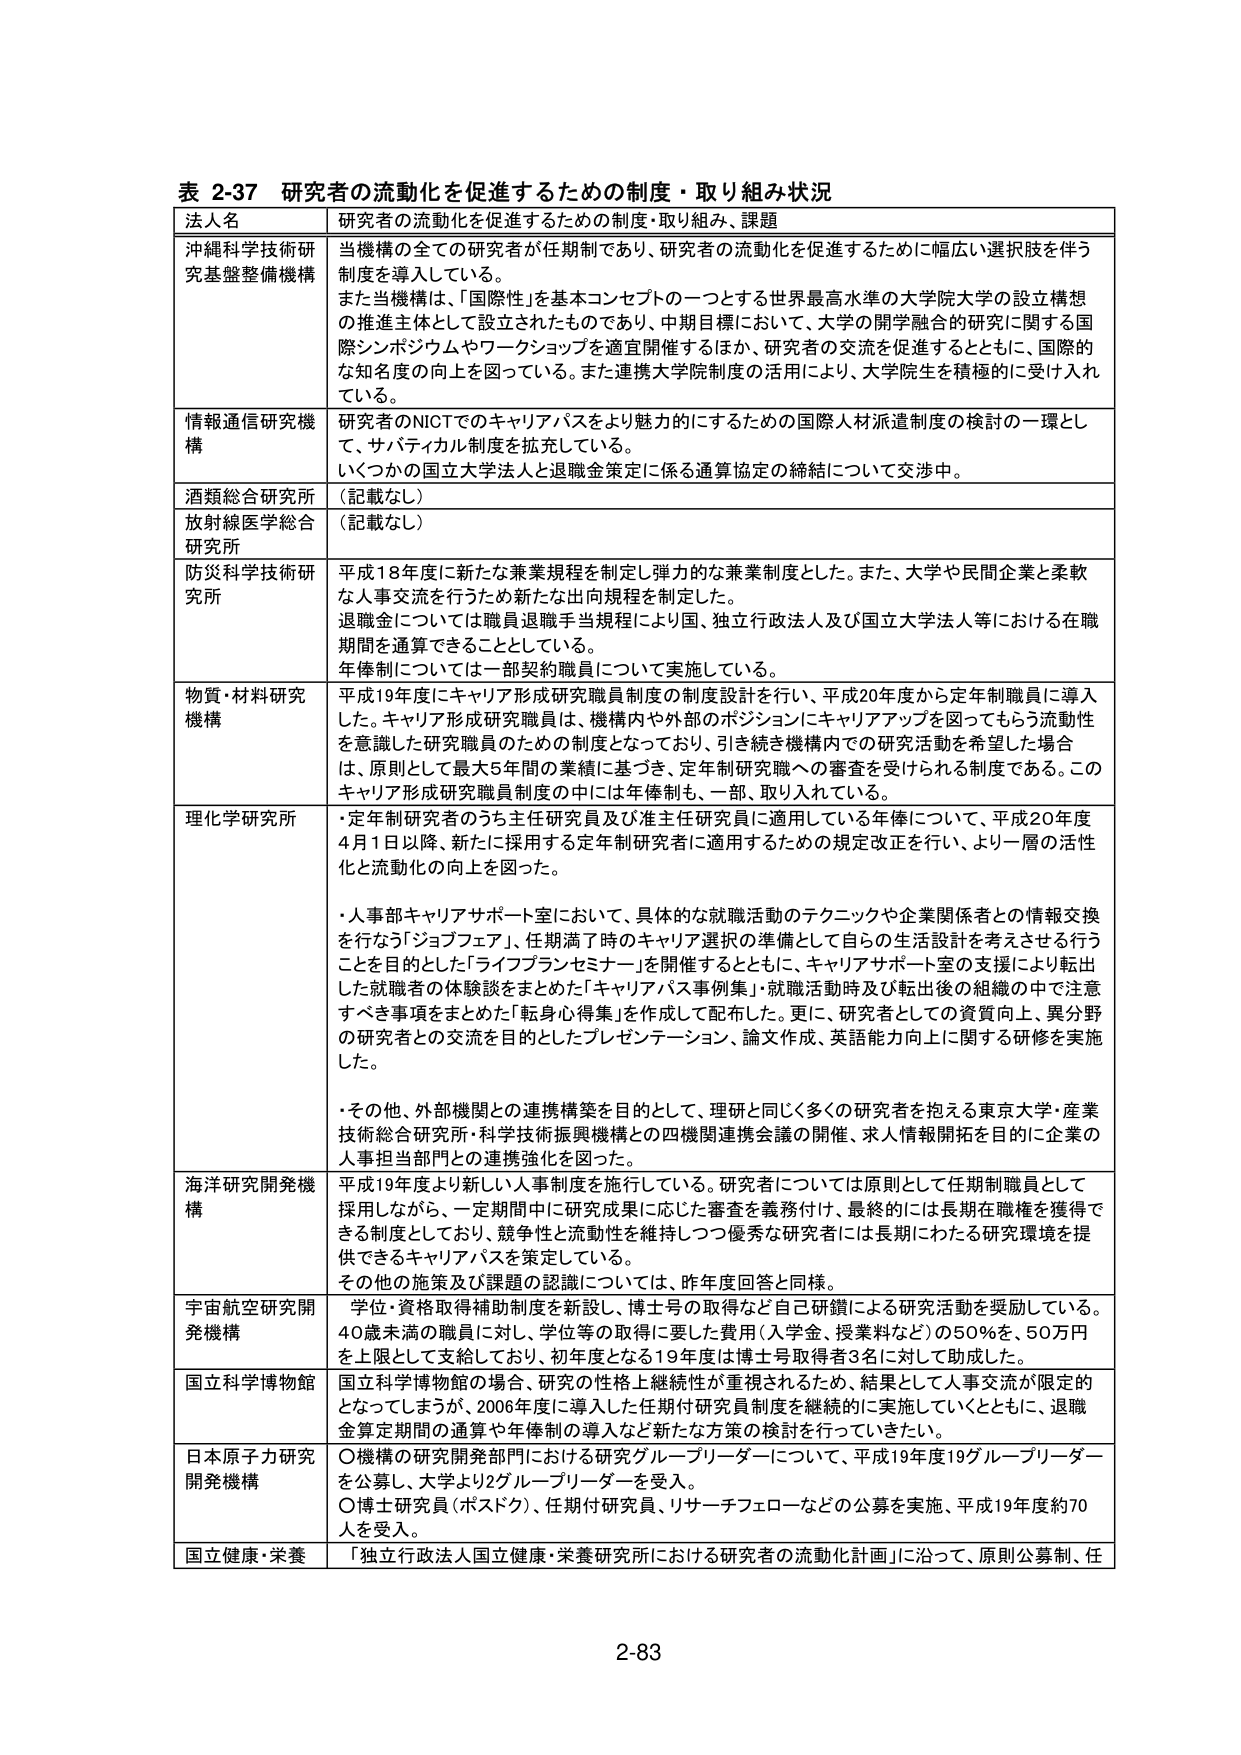
表 2-37 研究者の流動化を促進するための制度・取り組み状況
法人名 研究者の流動化を促進するための制度・取り組み、課題
沖縄科学技術研究基盤整備機構 当機構の全ての研究者が任期制であり、研究者の流動化を促進するために幅広い選択肢を伴う制度を導入している。
また当機構は、「国際性」を基本コンセプトの一つとする世界最高水準の大学院大学の設立構想の推進主体として設立されたものであり、中期目標において、大学の開学融合の研究に関する国際シンポジウムやワークショップを適宜開催するほか、研究者の交流を促進するとともに、国際的な知名度の向上を図っている。また連携大学院制度の活用により、大学院生を積極的に受け入れている。
情報通信研究機構 研究者のNICTでのキャリアパスをより魅力的にするための国際人材派遣制度の検討の一環として、サバティカル制度を拡充している。
いくつかの国立大学法人と退職金策定に係る通算協定の締結について交渉中。
酒類総合研究所 （記載なし）
放射線医学総合研究所 （記載なし）
防災科学技術研究所 平成18年度に新たな兼業規程を制定し弾力的な兼業制度とした。また、大学や民間企業と柔軟な人事交流を行うため新たな出向規程を制定した。
退職金については職員退職手当規程により国、独立行政法人及び国立大学法人等における在職期間を通算できることとしている。
年俸制については一部契約職員について実施している。
物質・材料研究機構 平成19年度にキャリア形成研究職員制度の制度設計を行い、平成20年度から定年制職員に導入した。キャリア形成研究職員は、機構内や外部のポジションにキャリアアップを図ってもらう流動性を意識した研究職員のための制度となっており、引き続き機構内での研究活動を希望した場合は、原則として最大5年間の業績に基づき、定年制研究職への審査を受けられる制度である。このキャリア形成研究職員制度の中には年俸制も、一部、取り入れている。
理化学研究所 ・定年制研究者のうち主任研究員及び准主任研究員に適用している年俸について、平成20年度4月1日以降、新たに採用する定年制研究者に適用するための規定改正を行い、より一層の活性化と流動化の向上を図った。
・人事部キャリアサポート室において、具体的な就職活動のテクニックや企業関係者との情報交換を行なう「ジョブフェア」、任期満了時のキャリア選択の準備として自らの生活設計を考えさせる行うことを目的とした「ライフプランセミナー」を開催するとともに、キャリアサポート室の支援により転出したい就職者の体験談をまとめた「キャリアパス事例集」就職活動時及び転出後の組織の中で活用すべき事項をまとめた「転身心得集」を作成して配布した。更に、研究者としての資質向上、異分野の研究者との交流を目的としたプレゼンテーション、論文作成、英語能力向上に関する研修を実施した。
・その他、外部機関との連携構築を目的として、理研と同じく多くの研究者を抱える東京大学・産業技術総合研究所・科学技術振興機構との四機関連携会議の開催、求人情報開拓を目的に企業の人事担当部門との連携強化を図った。
海洋研究開発機構 平成19年度より新しい人事制度を施行している。研究者については原則として任期制職員として採用しながら、一定期間中に研究成果に応じた審査を義務付け、最終的には長期在職権を獲得できる制度としており、競争性と流動性を維持しつつ優秀な研究者には長期にわたる研究環境を提供できるキャリアパスを策定している。
その他の施策及び課題の認識については、昨年度回答と同様。
宇宙航空研究開発機構 学位・資格取得補助制度を新設し、博士号の取得など自己研鑽による研究活動を奨励している。40歳未満の職員に対し、学位等の取得に要した費用（入学金、授業料など）の50％を、50万円を上限として支給しており、初年度となる19年度は博士号取得者3名に対して助成した。
国立科学博物館 国立科学博物館の場合、研究の性格上継続性が重視されるため、結果として人事交流が限定的となってしまいが、2006年度に導入した任期制研究員制度を継続的に実施していくとともに、退職金算定期間の通算や年俸制の導入など新たな方策の検討を行っていきたい。
日本原子力研究開発機構 ○機構の研究開発部門における研究グループリーダーについて、平成19年度19グループリーダーを公募し、大学より2グループリーダーを受入。
○博士研究員（ポスドク）、任期付研究員、リサーチフェローなどの公募を実施、平成19年度約70人を受入。
国立健康・栄養 「独立行政法人国立健康・栄養研究所における研究者の流動化計画」に沿って、原則公募制、任
2-83